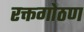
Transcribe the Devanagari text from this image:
रक्तगोठण